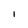
Character: I